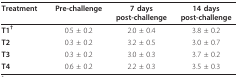
<table><thead><tr><td><b>Treatment</b></td><td><b>Pre-challenge</b></td><td><b>7 dayspost-challenge</b></td><td><b>14 dayspost-challenge</b></td></tr></thead><tbody><tr><td><b>T1<sup>†</sup></b></td><td>0.5 ± 0.2</td><td>2.0 ± 0.4</td><td>3.8 ± 0.2</td></tr><tr><td><b>T2</b></td><td>0.3 ± 0.2</td><td>3.2 ± 0.5</td><td>3.0 ± 0.7</td></tr><tr><td><b>T3</b></td><td>0.3 ± 0.2</td><td>3.0 ± 0.3</td><td>3.7 ± 0.2</td></tr><tr><td><b>T4</b></td><td>0.6 ± 0.2</td><td>2.2 ± 0.3</td><td>3.5 ± 0.3</td></tr></tbody></table>